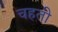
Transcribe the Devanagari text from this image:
चहती